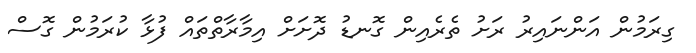
ގިރަމުން އަންނައިރު ރަށު ތެރެއިން ގޮނޑު ދޮށަށް އިމާރާތްތައް ފުޅާ ކުރަމުން ގޮސް